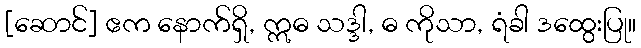
[ဆောင်] ဧက နောက်ရှိ, ဣဓ သဒ္ဒါ, ဓ ကိုသာ, ရံခါ ဒထွေးပြု။